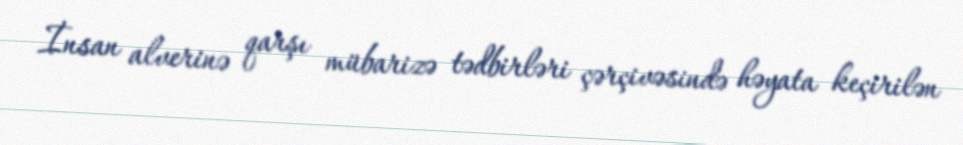
İnsan alverinə qarşı mübarizə tədbirləri çərçivəsində həyata keçirilən